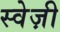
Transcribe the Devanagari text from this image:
स्वेज़ी